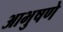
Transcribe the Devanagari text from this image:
आभुषणे